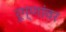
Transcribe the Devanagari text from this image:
रूग्णांवर